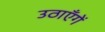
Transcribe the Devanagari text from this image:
उठाएँगें